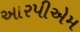
આરપીએમ